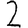
Digit: 2